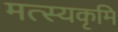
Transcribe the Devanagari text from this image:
मत्स्यकृमि